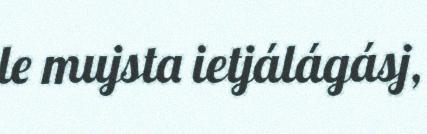
le mujsta ietjálágásj,